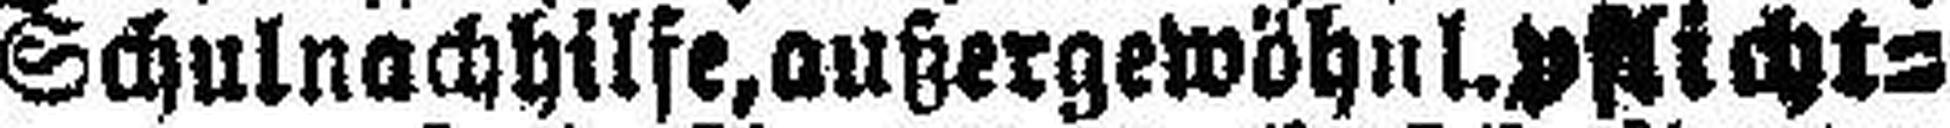
Schulnachhilfe, außergewöhnl. pflicht¬